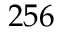
2 5 6